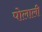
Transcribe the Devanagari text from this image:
पोलाली